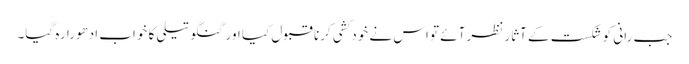
جب رانی کو شکست کے آثار نظر آئے تو اس نے خودکشی کرنا قبول کیا اور گنگو تیلی کا خواب ادھورا رہ گیا۔